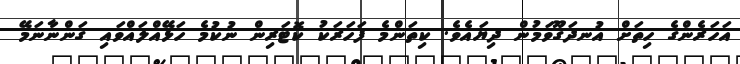
އަހަރެންގެ ހިތަށް އުނދަގޫވަމުން ދިޔައެވެ. ކިތަންމެ ފަހަރަކު ކޮޓަރިން ނުކުމެ ހަޅޭއްލައްވައި ގަންނާނަމޭ